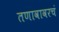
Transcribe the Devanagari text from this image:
तणावावरचं